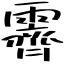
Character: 霽